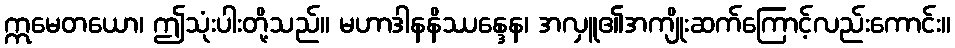
ဣမေတယော၊ ဤသုံးပါးတို့သည်။ မဟာဒါနနိဿန္ဒေန၊ အလှူ၏အကျိုးဆက်ကြောင့်လည်းကောင်း။